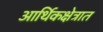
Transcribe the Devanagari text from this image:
आर्थिकक्षेत्रात